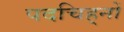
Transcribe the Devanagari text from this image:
पदचिह्‌नों